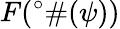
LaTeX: F(^{\circ}\# (\psi))